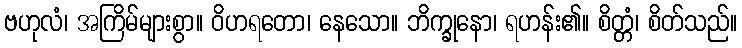
ဗဟုလံ၊ အကြိမ်များစွာ။ ဝိဟရတော၊ နေသော။ ဘိက္ခုနော၊ ရဟန်း၏။ စိတ္တံ၊ စိတ်သည်။